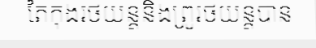
តៃកុងរថយន្តនិងព្រូរថយន្តបាន